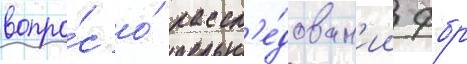
вопро́с о́ рассл'е́дован'ии фбр